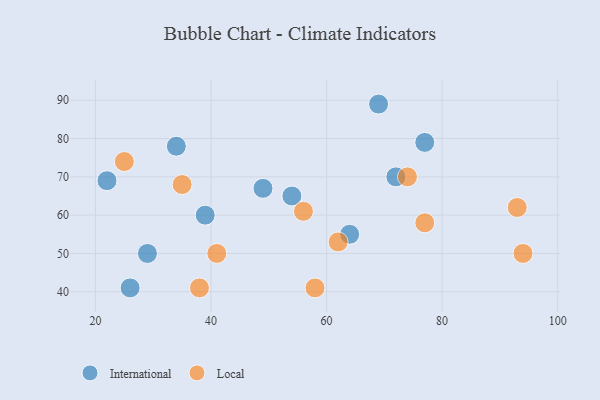
{"axis": {"x": "GDP", "y": "Life Expectancy"}, "legend": ["International", "Local"], "data": [{"x": "64", "y": 55, "type": "International"}, {"x": "29", "y": 50, "type": "International"}, {"x": "54", "y": 65, "type": "International"}, {"x": "77", "y": 79, "type": "International"}, {"x": "26", "y": 41, "type": "International"}, {"x": "22", "y": 69, "type": "International"}, {"x": "49", "y": 67, "type": "International"}, {"x": "39", "y": 60, "type": "International"}, {"x": "69", "y": 89, "type": "International"}, {"x": "34", "y": 78, "type": "International"}, {"x": "72", "y": 70, "type": "International"}, {"x": "41", "y": 50, "type": "Local"}, {"x": "93", "y": 62, "type": "Local"}, {"x": "56", "y": 61, "type": "Local"}, {"x": "62", "y": 53, "type": "Local"}, {"x": "38", "y": 41, "type": "Local"}, {"x": "74", "y": 70, "type": "Local"}, {"x": "25", "y": 74, "type": "Local"}, {"x": "77", "y": 58, "type": "Local"}, {"x": "58", "y": 41, "type": "Local"}, {"x": "35", "y": 68, "type": "Local"}, {"x": "94", "y": 50, "type": "Local"}]}